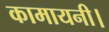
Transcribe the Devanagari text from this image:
कामायनी।